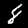
Label: 8